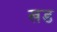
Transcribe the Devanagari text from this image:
खड